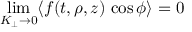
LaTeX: \operatorname * { l i m } _ { K _ { \perp } \to 0 } \langle f ( t , \rho , z ) \, \cos \phi \rangle = 0